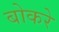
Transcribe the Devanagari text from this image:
बोकरे